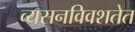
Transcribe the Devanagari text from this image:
व्यसनविवशतेत